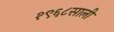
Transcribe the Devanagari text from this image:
१९६८साली